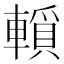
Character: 𨎘